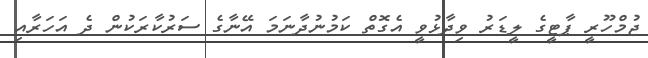
ޖުމްހޫރީ ޕާޓީގެ ލީޑަރު ވިދާޅުވީ އެގޮތް ކަމުނުދާނަމަ އޭނާގެ ސަރުކާރަކުން ދެ އަހަރާއި